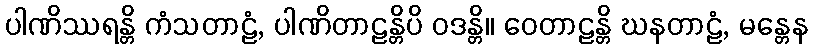
ပါဏိဿရန္တိ ကံသတာဠံ, ပါဏိတာဠန္တိပိ ဝဒန္တိ။ ဝေတာဠန္တိ ဃနတာဠံ, မန္တေန